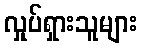
လှုပ်ရှားသူများ